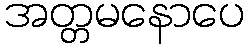
အတ္တမနောပေ